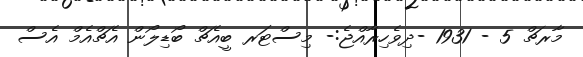
މާރޗް 5 - 1931 -ދިވެހިރާއްޖެ:- މިސްޓަރ ބީއެޗް ބޯޑިލޯން އެޗްއެމް އެސް